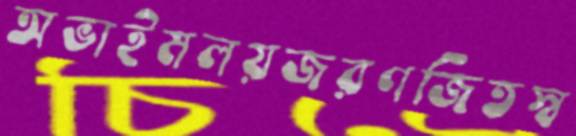
অভাইমলয়জরণজিতস্ব